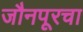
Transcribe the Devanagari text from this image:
जौनपूरचा